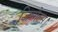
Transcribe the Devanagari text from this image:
जिन्गैल्स।